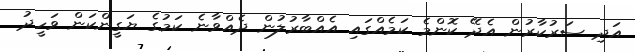
އަދި ސަރުކާރުން އެދޭ ކޮންމެ ކަމެއްގައި އެއްބާރުލުން ދެއްވާނެ ކަމުގެ ޔަގީންކަން ވަހީދު